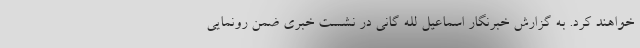
خواهند کرد. به گزارش خبرنگار اسماعیل لله گانی در نشست خبری ضمن رونمایی